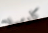
كارميلا